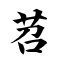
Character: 苕